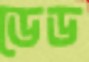
ডেড